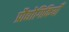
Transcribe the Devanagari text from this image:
प्रौद्योगिकियोँ